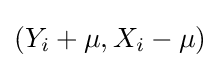
(Y_{i}+\mu ,X_{i}-\mu )